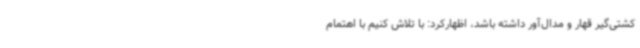
کشتی‌گیر قهار و مدال‌آور داشته باشد، اظهارکرد: با تلاش کنیم با اهتمام